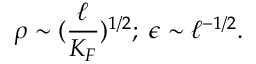
\rho \sim ( \frac { \ell } { K _ { F } } ) ^ { 1 / 2 } ; \; \epsilon \sim \ell ^ { - 1 / 2 } .